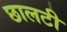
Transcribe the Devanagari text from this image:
छालटी